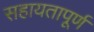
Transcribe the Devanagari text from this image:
सहायतापूर्ण